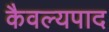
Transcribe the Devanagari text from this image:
कैवल्यपाद